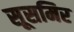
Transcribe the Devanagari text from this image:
सूसमिर